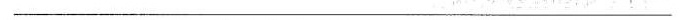
___